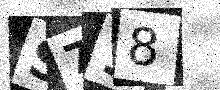
Text: S718